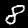
Digit: 8